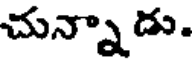
చున్నాడు.